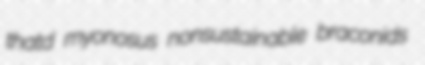
thatd myonosus nonsustainable braconids